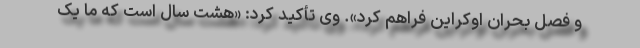
و فصل بحران اوکراین فراهم کرد». وی تأکید کرد: «هشت سال است که ما یک